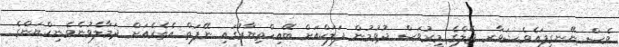
ވެސް ނޭނގިފައެވެ.ޝަވާރ ޖެލްގެ މީރުވަސް ދުވުމުން ފަލަކްއަށް ބޭއިހްތިޔާރުގައި ނޭފަތް އެތެރެއަށް ދަމާލެވުނެވެ.ނިކްޔަންގެ